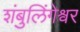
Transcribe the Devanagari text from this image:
शंबुलिंगेश्वर